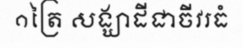
១ត្រៃ សង្ឃាដីជាចីវរធំ